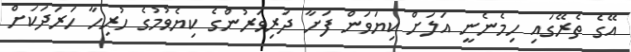
އޭގެ ތެރޭގައި ހިމެނެނީ އަލަށް ކިޔަވަން ފަށާ ދަރިވަރުންގެ ކިޔެވުމުގެ ހުރިހާ ހަރަދަކަށް